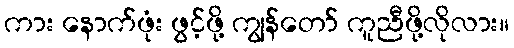
ကား နောက်ဖုံး ဖွင့်ဖို့ ကျွန်တော် ကူညီဖို့လိုလား။